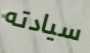
سيادته